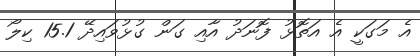
އެ މަގަކީ އެ އަތޮޅު ފޮނަދު އާއި ގަން ގުޅުވައިދޭ 15.1 ކިލޯ